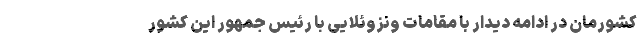
کشورمان در ادامه دیدار با مقامات ونزوئلایی با رئیس جمهور این کشور